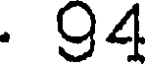
. 94